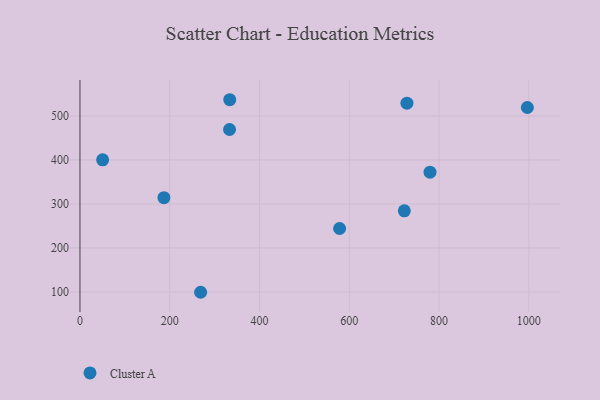
{"axis": {"x": "Study Hours", "y": "Rating"}, "legend": ["Cluster A"], "data": [{"x": "722.6", "y": 284.5, "type": "Cluster A"}, {"x": "779.8", "y": 372.3, "type": "Cluster A"}, {"x": "50.5", "y": 400.3, "type": "Cluster A"}, {"x": "268.8", "y": 99.4, "type": "Cluster A"}, {"x": "996.7", "y": 519.1, "type": "Cluster A"}, {"x": "187.1", "y": 314.3, "type": "Cluster A"}, {"x": "333.2", "y": 469.2, "type": "Cluster A"}, {"x": "578.4", "y": 244.3, "type": "Cluster A"}, {"x": "333.7", "y": 536.8, "type": "Cluster A"}, {"x": "728.4", "y": 528.9, "type": "Cluster A"}]}